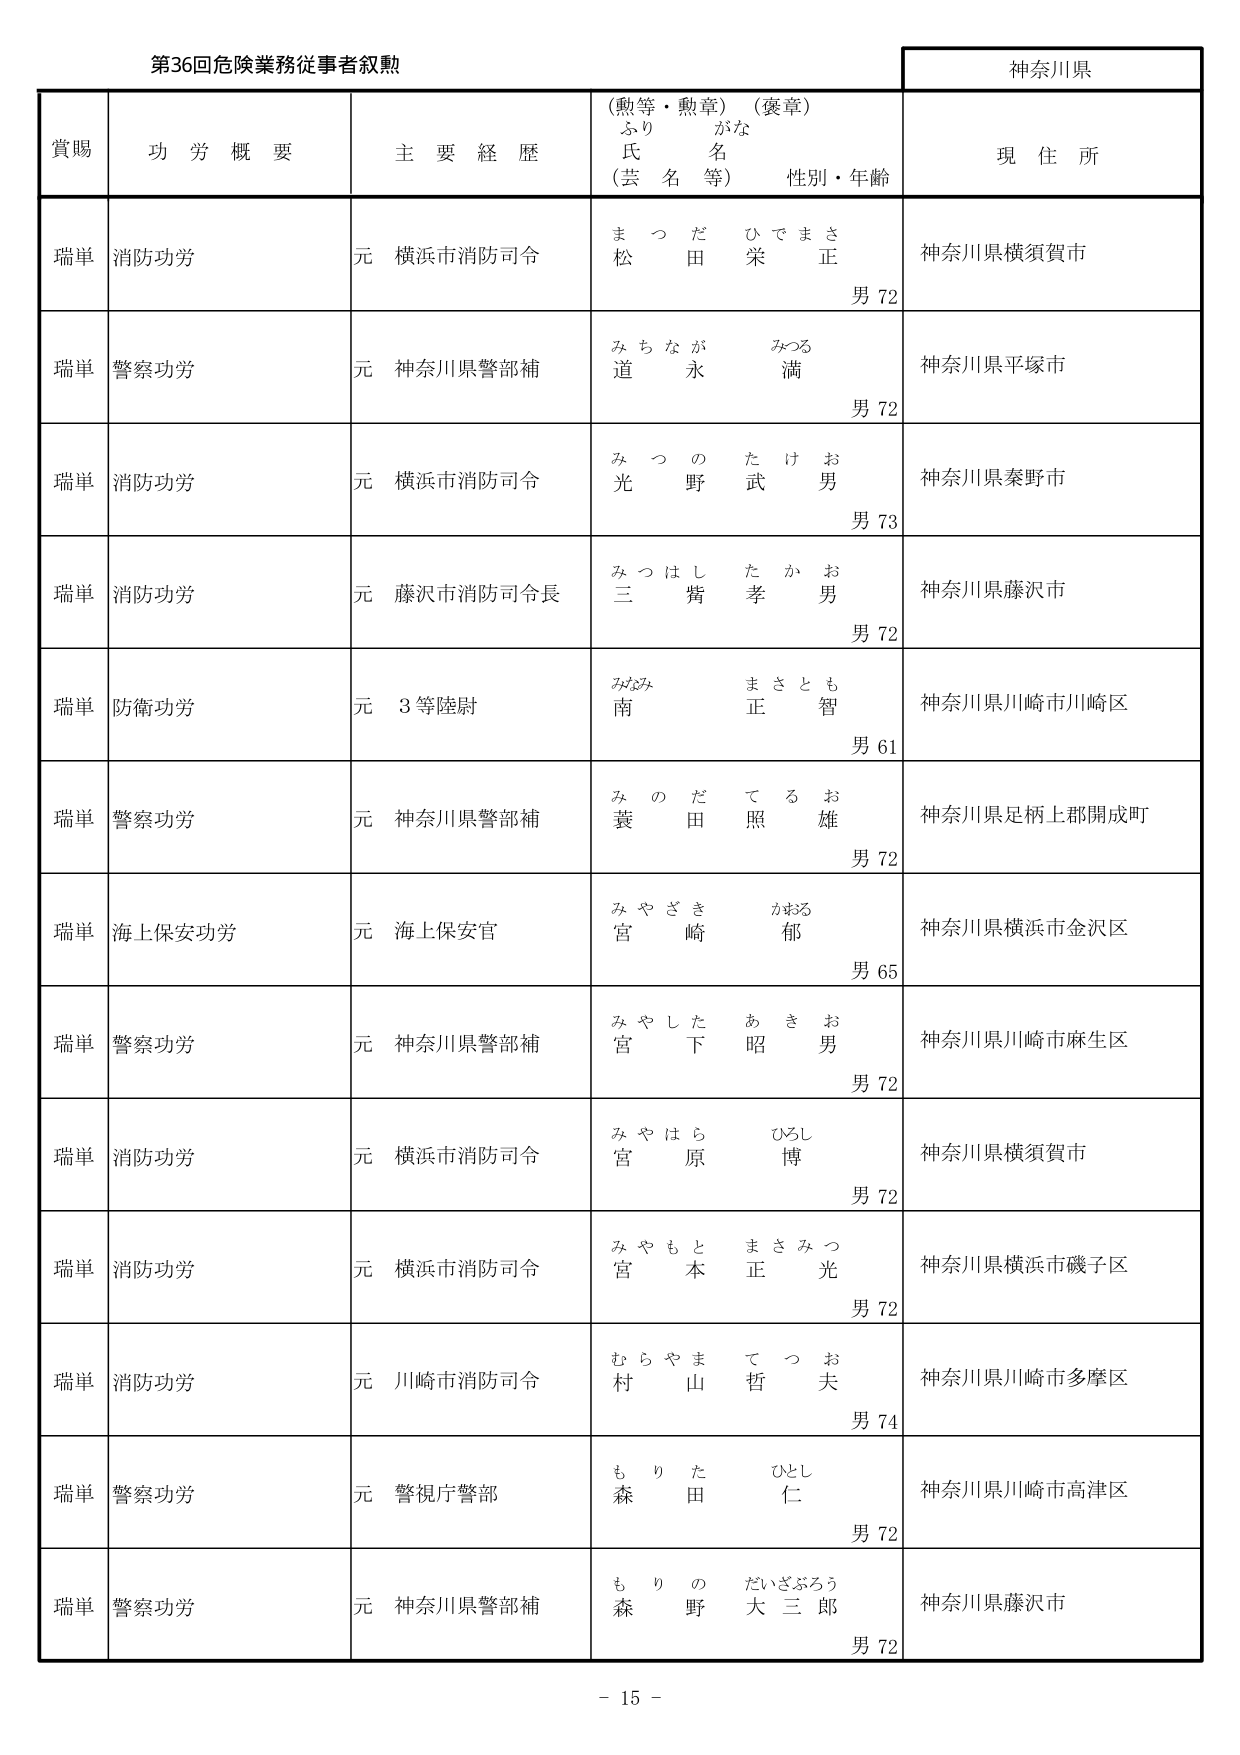
第36回危険業務従事者叙勲

神奈川県

賞賜　　功労概要　　主要経歴　　（勲等・勲章）（褒章）　　現住所
　　　　　　　　　　　ふりがな
　　　　　　　　　　　氏名
　　　　　　　　　　　（芸名等）　　性別・年齢

瑞単　消防功労　　元 横浜市消防司令　　まつだ ひでまさ　　神奈川県横須賀市
　　　　　　　　　　　　　　　　　　　松田 栄正　　男 72

瑞単　警察功労　　元 神奈川県警部補　　みちなが みつる　　神奈川県平塚市
　　　　　　　　　　　　　　　　　　　道永 満　　男 72

瑞単　消防功労　　元 横浜市消防司令　　みつの たけお　　神奈川県秦野市
　　　　　　　　　　　　　　　　　　　光野 武男　　男 73

瑞単　消防功労　　元 藤沢市消防司令長　みつはし たかお　　神奈川県藤沢市
　　　　　　　　　　　　　　　　　　　三觜 孝男　　男 72

瑞単　防衛功労　　元 3等陸尉　　みなみ まさとも　　神奈川県川崎市川崎区
　　　　　　　　　　　　　　　　　　南 正智　　男 61

瑞単　警察功労　　元 神奈川県警部補　　みのだ てるお　　神奈川県足柄上郡開成町
　　　　　　　　　　　　　　　　　　　蓑田 照雄　　男 72

瑞単　海上保安功労　元 海上保安官　　みやざき かおる　　神奈川県横浜市金沢区
　　　　　　　　　　　　　　　　　　　宮崎 郁　　男 65

瑞単　警察功労　　元 神奈川県警部補　　みやした あきお　　神奈川県川崎市麻生区
　　　　　　　　　　　　　　　　　　　宮下 昭男　　男 72

瑞単　消防功労　　元 横浜市消防司令　　みやはら ひろし　　神奈川県横須賀市
　　　　　　　　　　　　　　　　　　　宮原 博　　男 72

瑞単　消防功労　　元 横浜市消防司令　　みやもと まさみつ　　神奈川県横浜市磯子区
　　　　　　　　　　　　　　　　　　　宮本 正光　　男 72

瑞単　消防功労　　元 川崎市消防司令　　むらやま てつお　　神奈川県川崎市多摩区
　　　　　　　　　　　　　　　　　　　村山 哲夫　　男 74

瑞単　警察功労　　元 警視庁警部　　もりた ひとし　　神奈川県川崎市高津区
　　　　　　　　　　　　　　　　　　森田 仁　　男 72

瑞単　警察功労　　元 神奈川県警部補　　もりの だいざぶろう　　神奈川県藤沢市
　　　　　　　　　　　　　　　　　　　森野 大三郎　　男 72

－ 15 －